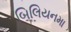
બિલિયનમા